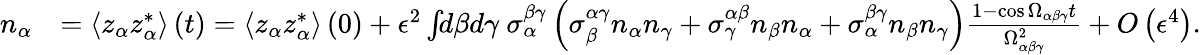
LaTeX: \begin{array}{rl}{n_{\alpha}}&{=\left\langle z_{\alpha}z_{\alpha}^{*}\right\rangle\left(t\right)=\left\langle z_{\alpha}z_{\alpha}^{*}\right\rangle\left(0\right)+\epsilon^{2}\int\! \! d\beta d\gamma\ \sigma_{\alpha}^{\beta\gamma}\left(\sigma_{\beta}^{\alpha\gamma}n_{\alpha}n_{\gamma}+\sigma_{\gamma}^{\alpha\beta}n_{\beta}n_{\alpha}+\sigma_{\alpha}^{\beta\gamma}n_{\beta}n_{\gamma}\right)\frac{1-\cos\Omega_{\alpha\beta\gamma}t}{\Omega_{\alpha\beta\gamma}^{2}}+O\left(\epsilon^{4}\right).}\end{array}